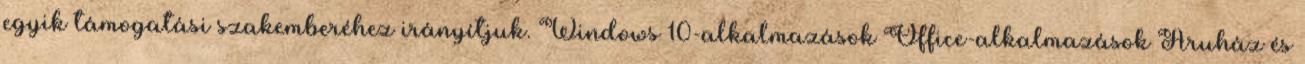
egyik támogatási szakemberéhez irányítjuk. Windows 10-alkalmazások Office-alkalmazások Áruház és